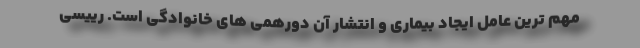
مهم ترین عامل ایجاد بیماری و انتشار آن دورهمی های خانوادگی است. رییسی